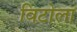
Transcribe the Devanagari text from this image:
विटोला